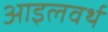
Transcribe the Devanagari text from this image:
आइलवर्थ